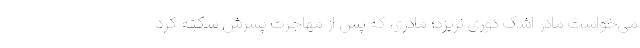
می‌خواست مادر اشک دوری نریزد؛ مادری که پس از مهاجرت پسرش سکته کرد